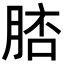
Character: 𦜟